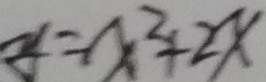
y = x ^ { 2 } + 2 x